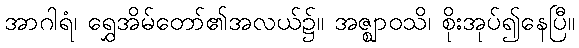
အာဂါရံ၊ ရွှေအိမ်တော်၏အလယ်၌။ အဇ္ဈာဝသိ၊ စိုးအုပ်၍နေပြီ။